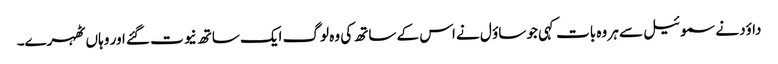
داؤد نے سموئیل سے ہر وہ بات کہی جو ساؤ ل نے اس کے ساتھ کی وہ لوگ ایک ساتھ نیوت گئے اور وہا ں ٹھہرے۔